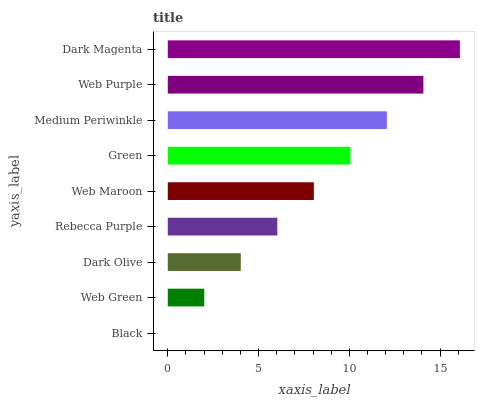
| yaxis_label | bars |
 | --- | --- |
 | Black | 0 |
 | Web Green | 2.01 |
 | Dark Olive | 4.02 |
 | Rebecca Purple | 6.03 |
 | Web Maroon | 8.05 |
 | Green | 10.1 |
 | Medium Periwinkle | 12.1 |
 | Web Purple | 14.1 |
 | Dark Magenta | 16.1 |